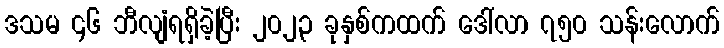
ဒသမ ၄၆ ဘီလျံရရှိခဲ့ပြီး ၂၀၂၃ ခုနှစ်ကထက် ဒေါ်လာ ၇၅၀ သန်းလောက်